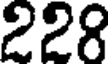
228